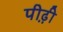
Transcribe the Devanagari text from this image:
पीढ़़ी